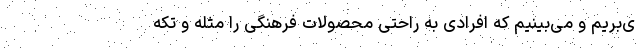
ی‌بریم و می‌بینیم که افرادی به راحتی محصولات فرهنگی را مُثله و تکه